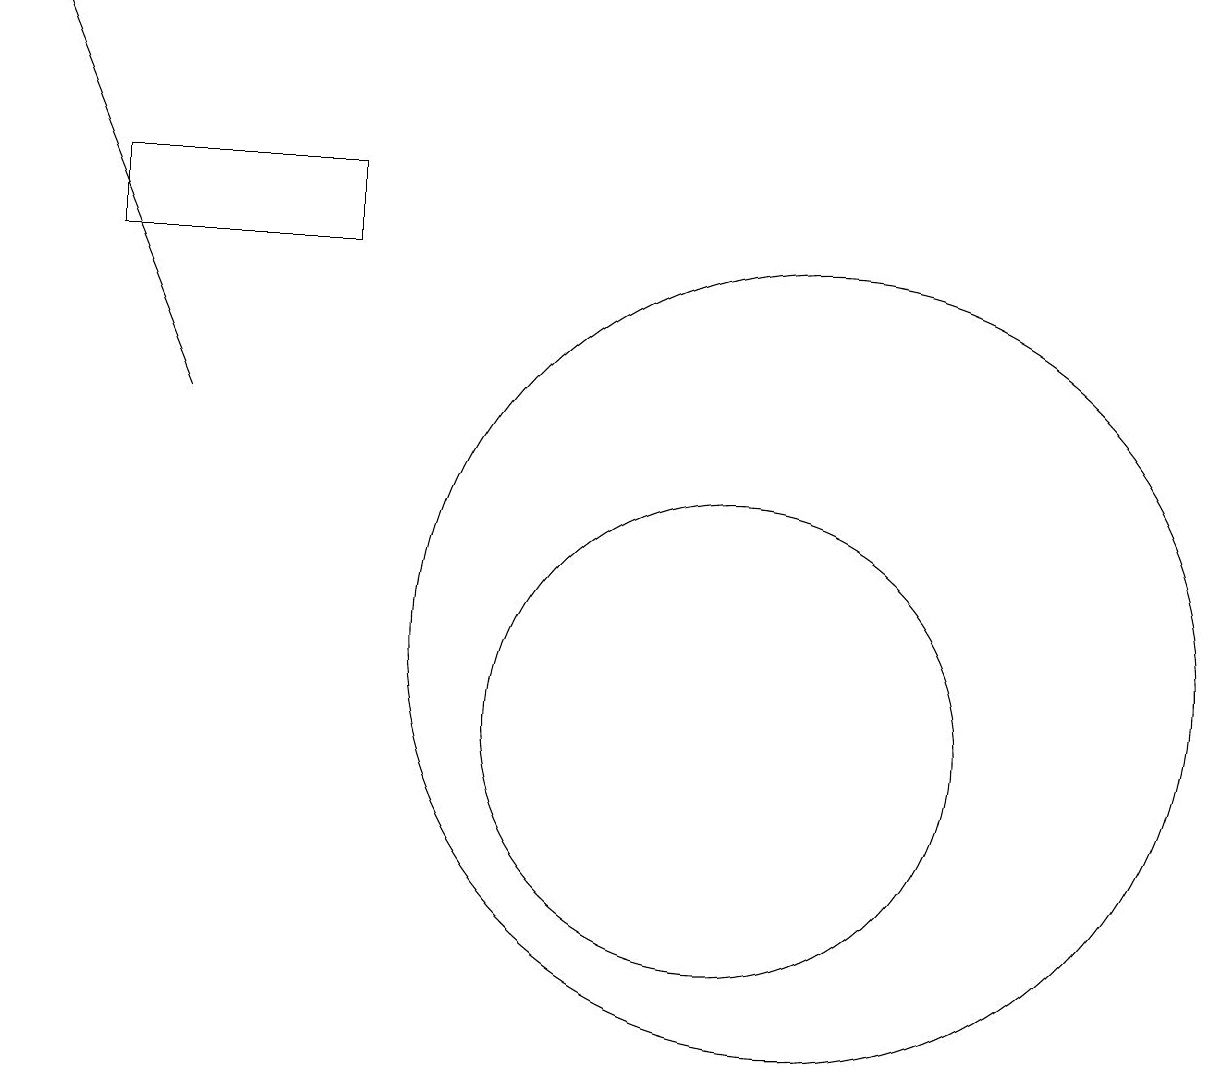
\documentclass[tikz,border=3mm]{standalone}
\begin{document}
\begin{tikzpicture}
\draw (12,11) circle (5);
\draw[->] (4,14) -- (2,19);
\draw (6,16) rectangle (3,17);
\draw (11,10) circle (3);
\draw (12,10) circle (0);
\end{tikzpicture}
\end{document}